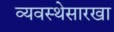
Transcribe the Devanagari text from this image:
व्यवस्थेसारखा